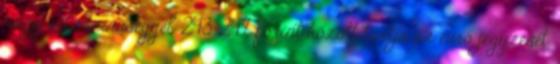
nagy valószínűséggel 243-247 forint között tartja az euró jegyzését,